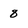
Character: 8